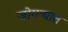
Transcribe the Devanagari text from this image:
जोगव्यात